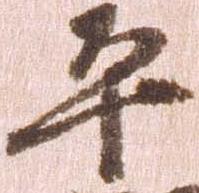
平